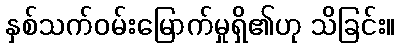
နှစ်သက်ဝမ်းမြောက်မှုရှိ၏ဟု သိခြင်း။